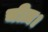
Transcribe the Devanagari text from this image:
चीज़।